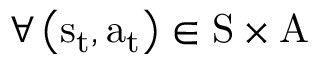
\forall \left( { { \mathrm { { s } } _ { \mathrm { { t } } } } , { \mathrm { { a } } _ { \mathrm { { t } } } } } \right) \in \mathrm { { S } } \times \mathrm { { A } }